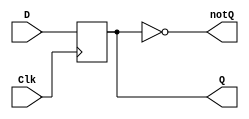
`timescale 1ns/1ps //delay unit is 1ns

module d_flip_flop_behavioral(
output reg Q, //described in behavioral statement
output wire notQ, //described in a dataflow statement 
input wire D, 
input wire Clk //clock signal 
);

//describe behavior of D flip-flop
//posedge means positive(rising) edge
always@(posedge Clk) //trigger when rising edge of Clk
Q<=D;   //non-block assignemnt statement 

assign notQ = ~Q;

endmodule //designate end of module